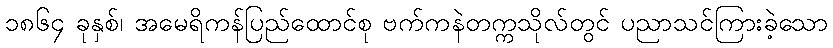
၁၈၆၄ ခုနှစ်၊ အမေရိကန်ပြည်ထောင်စု ဗက်ကနဲတက္ကသိုလ်တွင် ပညာသင်ကြားခဲ့သော